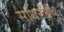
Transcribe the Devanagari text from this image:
साधनग्रंथ